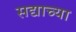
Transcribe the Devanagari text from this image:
सद्याच्या